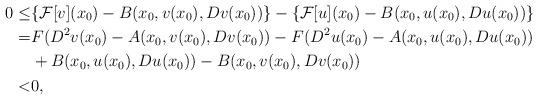
LaTeX: \begin{align*}0 \le & \{\mathcal{F}[v](x_0) - B(x_0, v(x_0), Dv(x_0))\} -\{\mathcal{F}[u](x_0)-B(x_0, u(x_0), Du(x_0))\} \\ = & F(D^2v(x_0)-A(x_0, v(x_0), Dv(x_0)) - F(D^2u(x_0)-A(x_0, u(x_0), Du(x_0)) \\ & + B(x_0, u(x_0), Du(x_0)) - B(x_0, v(x_0), Dv(x_0)) \\ < & 0, \end{align*}